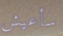
سأعيش